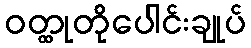
ဝတ္ထုတိုပေါင်းချုပ်